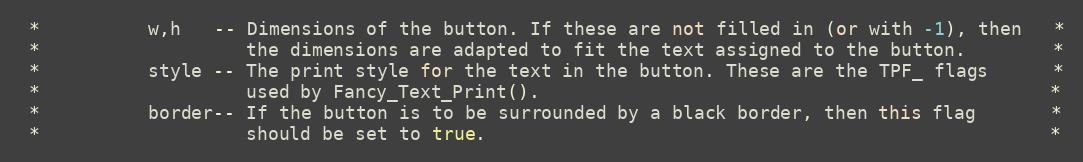
Language: C++
 *          w,h   -- Dimensions of the button. If these are not filled in (or with -1), then   *
 *                   the dimensions are adapted to fit the text assigned to the button.        *
 *          style -- The print style for the text in the button. These are the TPF_ flags      *
 *                   used by Fancy_Text_Print().                                               *
 *          border-- If the button is to be surrounded by a black border, then this flag       *
 *                   should be set to true.                                                    *